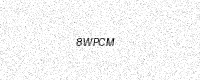
Text: 8WPCM